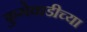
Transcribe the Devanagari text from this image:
फुगेवाडीच्या